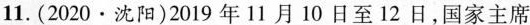
11.(2020 \cdot 沈阳)2019年11月10日至12日，国家主席